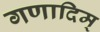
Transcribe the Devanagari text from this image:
गणादिम्